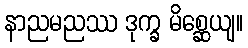
နာညမညဿ ဒုက္ခ မိစ္ဆေယျ။